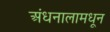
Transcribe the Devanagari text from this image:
अंधनालामधून